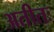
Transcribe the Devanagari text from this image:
अतीतः